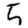
Digit: 5